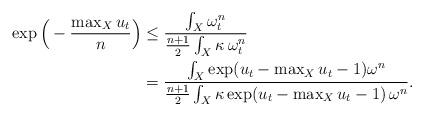
LaTeX: \begin{align*} \exp\Big(- \frac{\max_X u_t}{n}\Big) & \le \frac{\int_X \omega_t^n}{\frac{n+1}{2} \int_X \kappa \, \omega_t^n} \\ & = \frac{\int_X \exp(u_t - \max_X u_t -1) \omega^n}{\frac{n+1}{2}\int_X \kappa \exp(u_t - \max_X u_t - 1) \, \omega^n}. \end{align*}